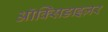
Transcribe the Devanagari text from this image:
ऑक्सिडाइज़र